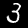
Label: 3